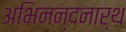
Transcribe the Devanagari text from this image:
अभिनन्दनार्थ